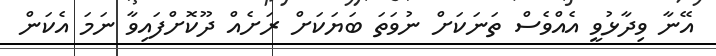
އޭނާ ވިދާޅުވީ އެއްވެސް ތަނަކަށް ނުވަތަ ބަޔަކަށް ރަށެއް ދޫކޮށްފައިވާ ނަމަ އެކަން